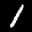
Label: 1